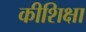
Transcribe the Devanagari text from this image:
कीशिक्षा